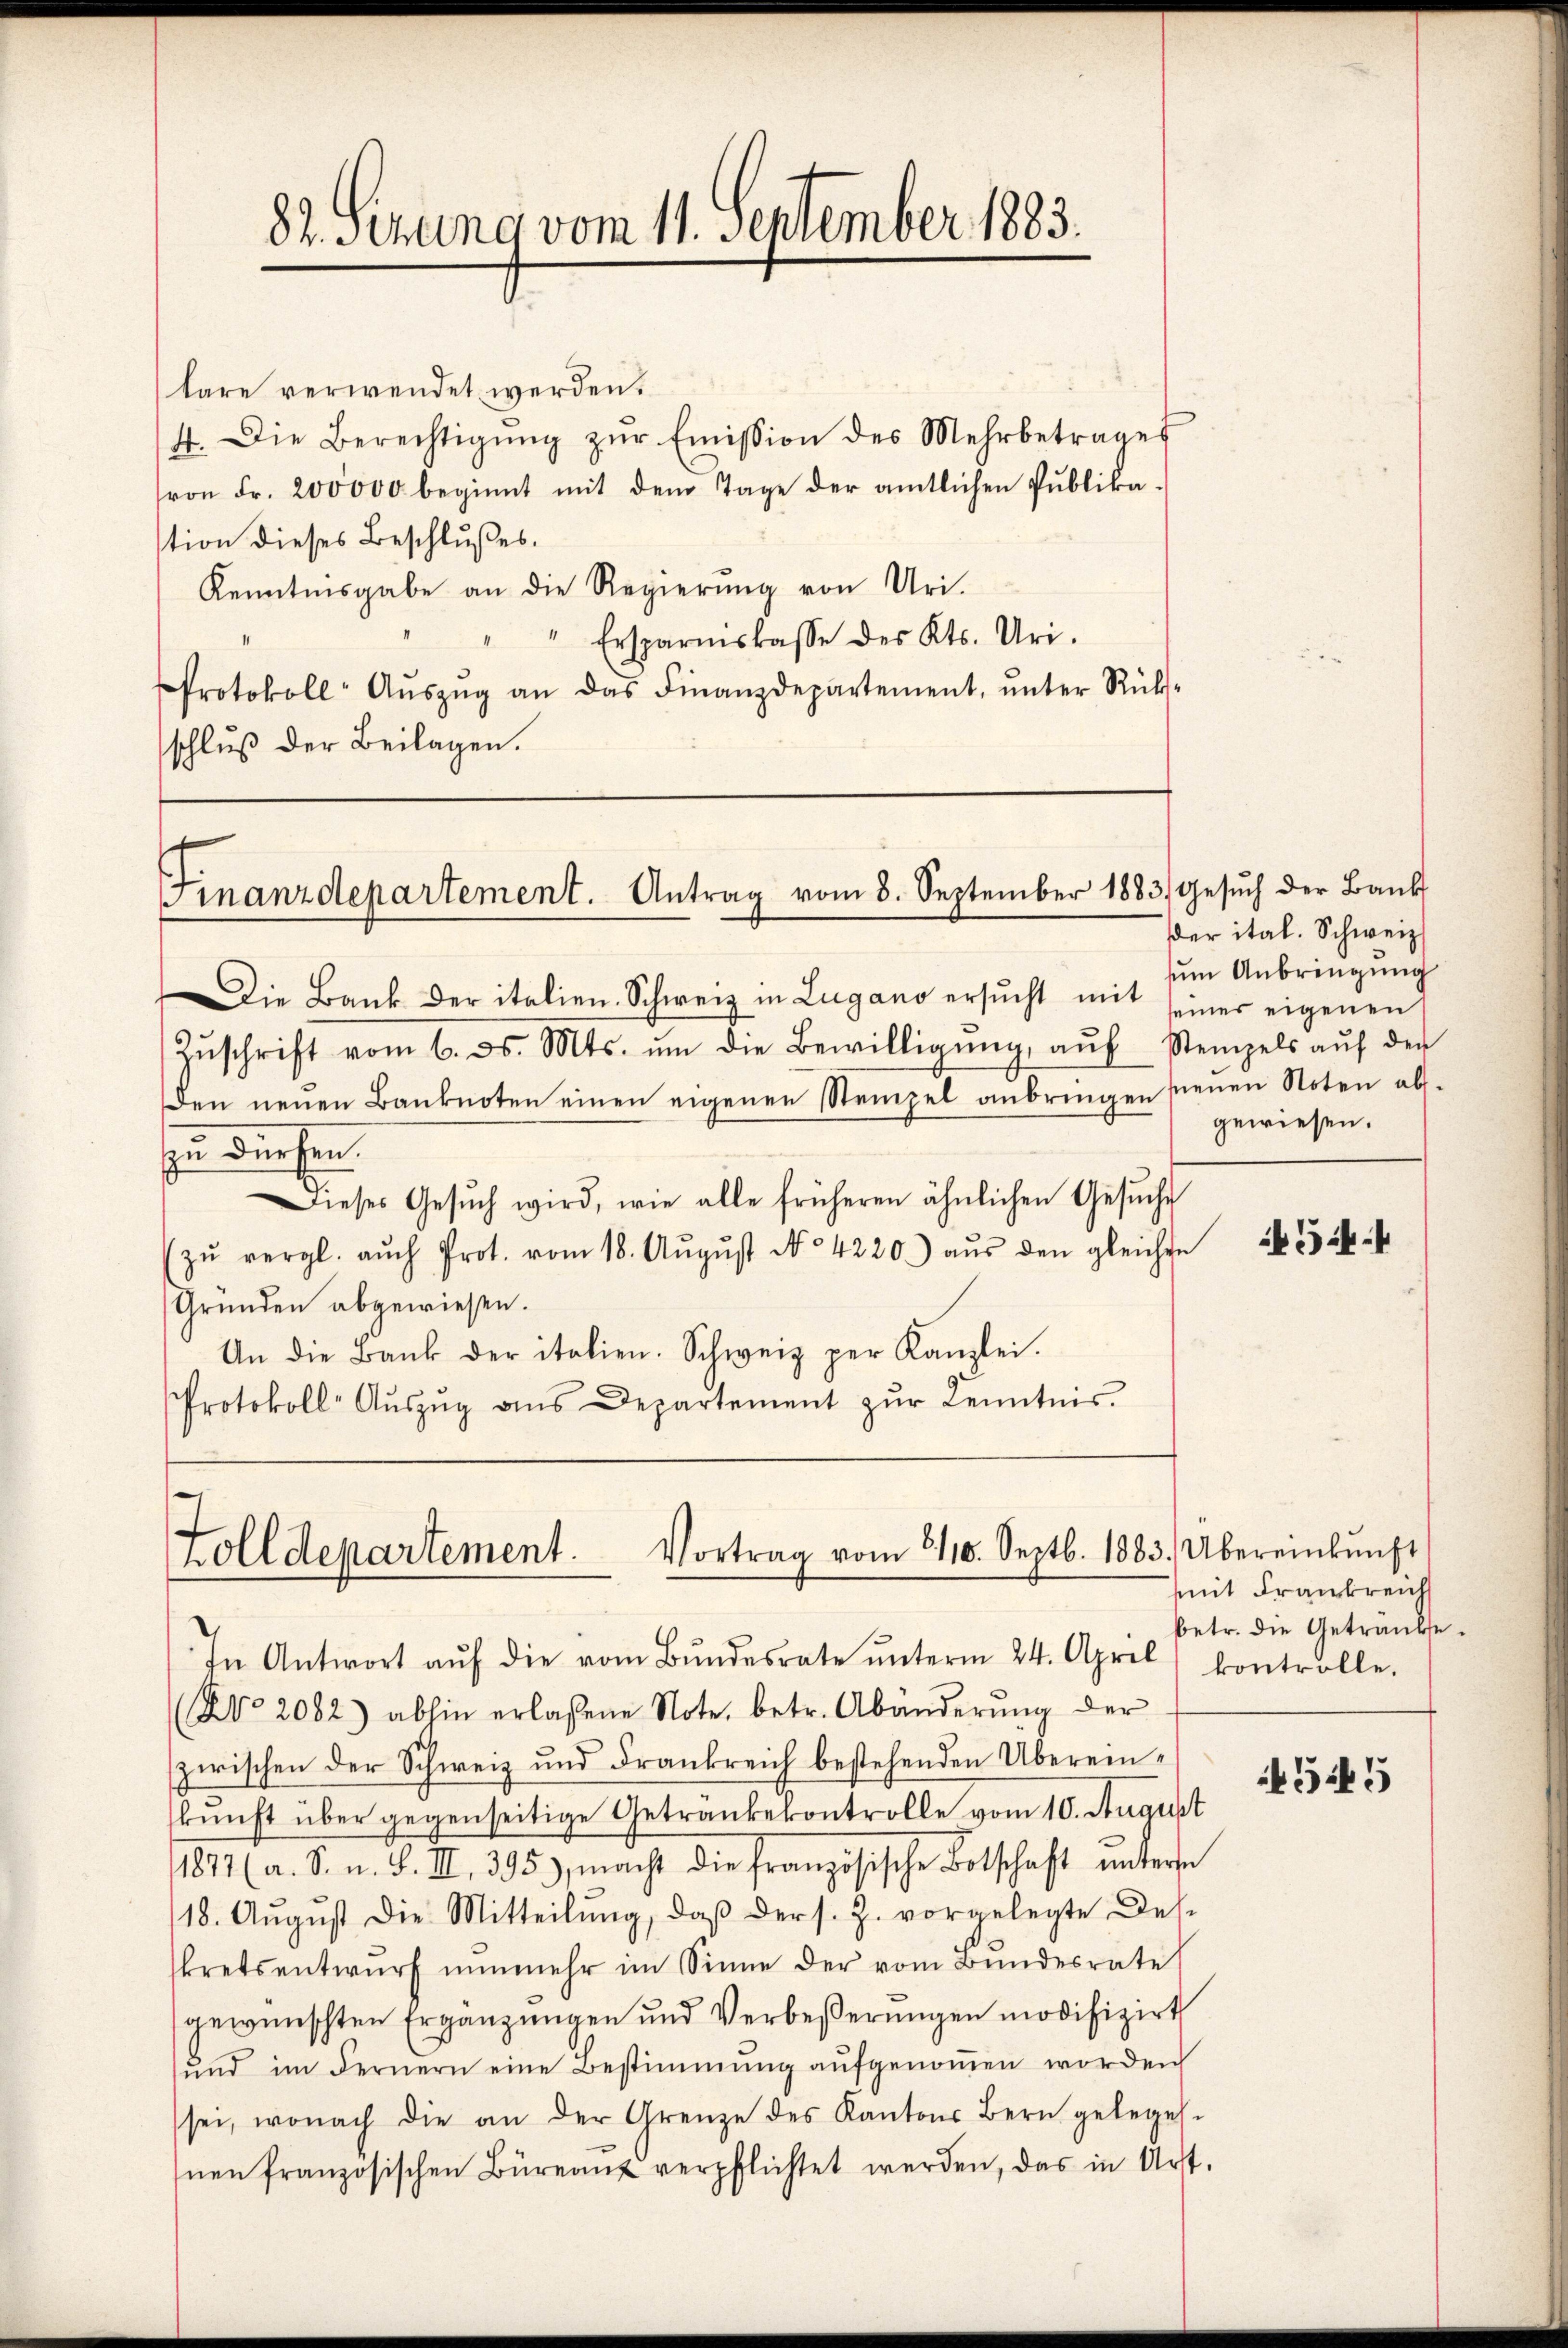
tare verwendet werden.
4. Die Berechtigŭng zŭr Emission des Mehrbetrages
von Fr. 200000 beginnt mit dem Tage der amtlichen Publika-
stion dieses Beschlußes.
Kenntnisgabe an die Regierung von Uri.
" Ersparniskasse des Kts. Uri.
Protokoll- Aŭszŭg an das Finanzdepartement, ŭnter Rücks-
schluß der Beilagen.

82. Sekung vom 11. September 1883.

Die Bank der italien. Schweiz in Lugano ersŭcht mit seiner eigenen
Zŭschrift vom 6. ds. Mts. ŭm die Bewilligŭng, aŭf Stempels aŭf der
den neŭen Banknoten einen eigenen Stempel anbringen seien Noten ab-
zu dürfen.
Dieses Gesŭch wird, wie alle früheren ähnlichen Gesŭche
zŭ vergl. auch Prot. vom 18. Aŭgŭst No 4220) aŭs den gleichte
Gründen abgewiesen.
An die Bank der italien. Schweiz per Kanzlei.
Protokoll- Aŭszŭg ans Departement zŭr Kenntnis.

Finanzdepartement. Antrag vom 8. September 1883. Gesŭch der Bank

Vortrag vom 2110. Septb. 1883.
Zolldepartement.

In Antwort aŭf die vom Bŭndesrate ŭnterm 24. April, kontrolle.
(NNo. 2082) abhin erlassene Note, betr. Abänderŭng der
zwischen der Schweiz und Frankreich bestehenden Übereinkunft über gegenseitige Getränkekontrolle vom 10. August
1871 (a. S. u. S. II., 395), macht die französische Botschaft untern
18. Aŭgŭst die Mitteilŭng, daβ der s. Z. vorgelegte Des-
kretsentwurf nunmehr im Sinne der vom Bundesrate
gewünschten Ergänzŭngen und Verbeßerungen modifizirt
ŭnd im Fernern eine Bestimmung aŭfgenoṁen worden
sei, wonach die an der Grenze des Kantons Bern geleges-
nen französischen Büreaŭs verpflichtet werden, das in Art.

der ital. Schweiz.
um Anbringung
gewiesen.

54

Übereinkunft
mit Frankreich
betr. die Getränke.

545